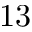
1 3